Reports on dispensaries and lunatic asylums in the Province of Oudh - 1869-1876
Year: 1869
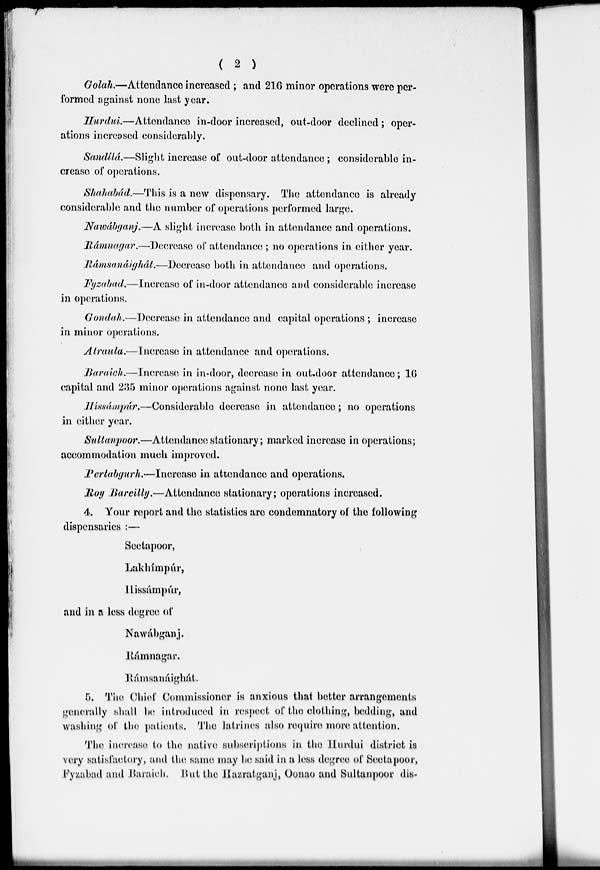
( 2 )
Golah.—Attendance increased ; and 216 minor operations were per-
formed against none last year.
Hurdui.—Attendance
in-door increased, out-door declined ; oper-
ations increased considerably.
Sandílá.—Slight increase of out-door attendance ; considerable in-
crease of operations.
Shahabád.—This is a new dispensary. The attendance is already
considerable and the number of operations performed large.
Nawábganj.—A slight increase both in attendance and operations.
Rámnagar.—Decrease of attendance ; no operations in either year.
Rámsanáighál.—Decrease both in attendance and operations.
Fyzabad.—Increase of in-door attendance and considerable increase
in operations.
Gondah.—Decrease in attendance and capital operations ; increase
in minor operations.
Alraula.—Increase in attendance and operations.
Baraich.—Increase in in-door, decrease in out-door attendance; 16
capital and 235 minor operations against none last year.
Hissámpúr.—Considerable decrease in attendance ; no operations
in either year.
Sultanpoor.—Attendance stationary; marked increase in operations;
accommodation much improved.
Pertabgurh.—Increase in attendance and operations.
Roy Bareilly.—Attendance stationary; operations increased.
4. Your report and the statistics are condemnatory of the following
dispensaries :—
Seetapoor,
Lakhímpúr,
Hissámpur,
and in a less degree of
Nawábganj.
Rámnagar.
Rámsanáighát.
5. The Chief Commissioner is anxious that better arrangements
generally shall be introduced in respect of the clothing, bedding, and
washing of the patients. The latrines also require more attention.
The increase to the native subscriptions in the Hurdui district is
very satisfactory, and the same may be said in a less degree of Seetapoor,
Fyzabad and Baraich. But the Hazratganj, Oonao and Sultanpoor dis-